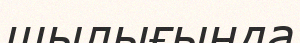
шылығында